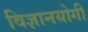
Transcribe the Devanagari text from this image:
विज्ञानयोगी